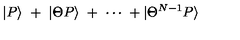
| P \rangle \ + \ | \Theta P \rangle \ + \ \cdots \ + | \Theta ^ { N - 1 } P \rangle